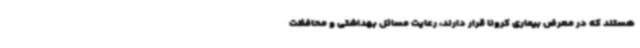
هستند که در معرض بیماری کرونا قرار دارند، رعایت مسائل بهداشتی و محافظت